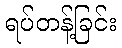
ရပ်တန့်ခြင်း